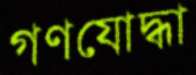
গণযোদ্ধা